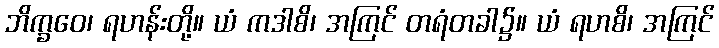
ဘိက္ခဝေ၊ ရဟန်းတို့။ ယံ ကဒါစိ၊ အကြင် တရံတခါ၌။ ယံ ရဟစိ၊ အကြင်